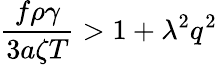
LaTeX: \frac{f\rho\gamma}{3a\zeta T}>1+\lambda^{2}q^{2}